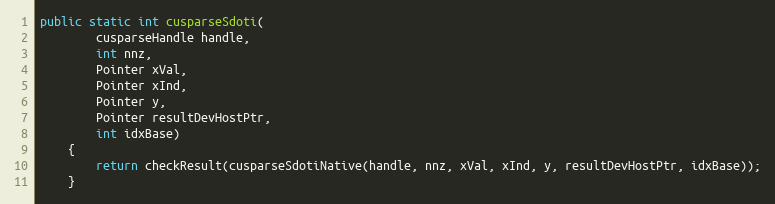
Language: Java
public static int cusparseSdoti(
        cusparseHandle handle,
        int nnz,
        Pointer xVal,
        Pointer xInd,
        Pointer y,
        Pointer resultDevHostPtr,
        int idxBase)
    {
        return checkResult(cusparseSdotiNative(handle, nnz, xVal, xInd, y, resultDevHostPtr, idxBase));
    }